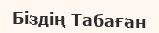
Біздің Табаған